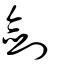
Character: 劒